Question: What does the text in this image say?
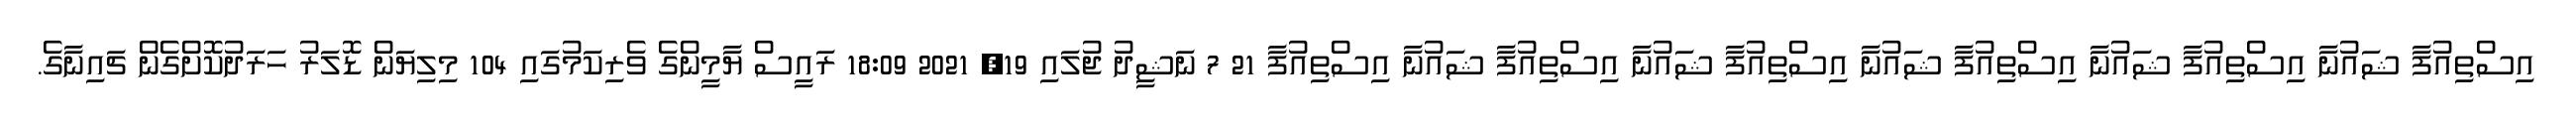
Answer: އިސްތިއުފާ ޝައުނާ އިސްތިއުފާ ޝައުނާ އިސްތިއުފާ ޝައުނާ އިސްތިއުފާ ޝައުނާ އިސްތިއުފާ ޝައުނާ އިސްތިއުފާ 21 7 ނަޝީދު ޖުލައި 19, 2021 18:09 ރައީސް ޔާމީންގެ ވެރިކަމުގައި 104 މިލިޔަން ޑޮލަރު ހަރަދުކޮށްގެން ޗައިނާގެ.